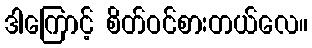
ဒါကြောင့် စိတ်ဝင်စားတယ်လေ။